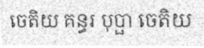
ចេតិយ គន្ធរ បុប្ផា ចេតិយ